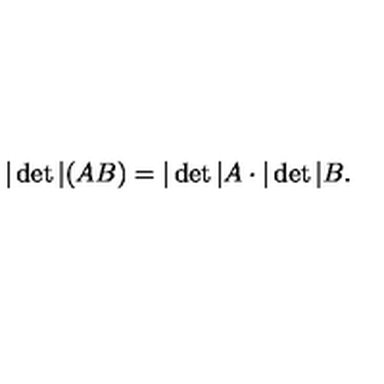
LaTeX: | \det | ( A B ) = | \det | A \cdot | \det | B .